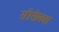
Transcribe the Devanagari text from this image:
सीसेलवा